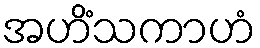
အဟိံသကာဟံ